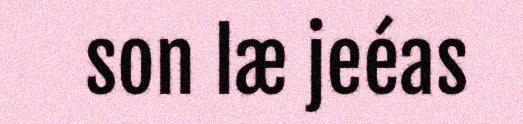
son læ jeéas